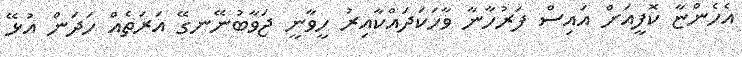
އެހެންޏާ ކޮފީއަށް އައިސް ފަރުހާނާ ވާހަކަދައްކާއިރު ހީވާނީ ޖަވާބުނޭނގޭ އަރަތެއް ހަދަން އުޅޭ